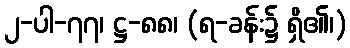
၂-ပါ-၇၇၊ ဋ္ဌ-၈၈၊ (ရ-ခန်း၌ ရှိ၏၊)